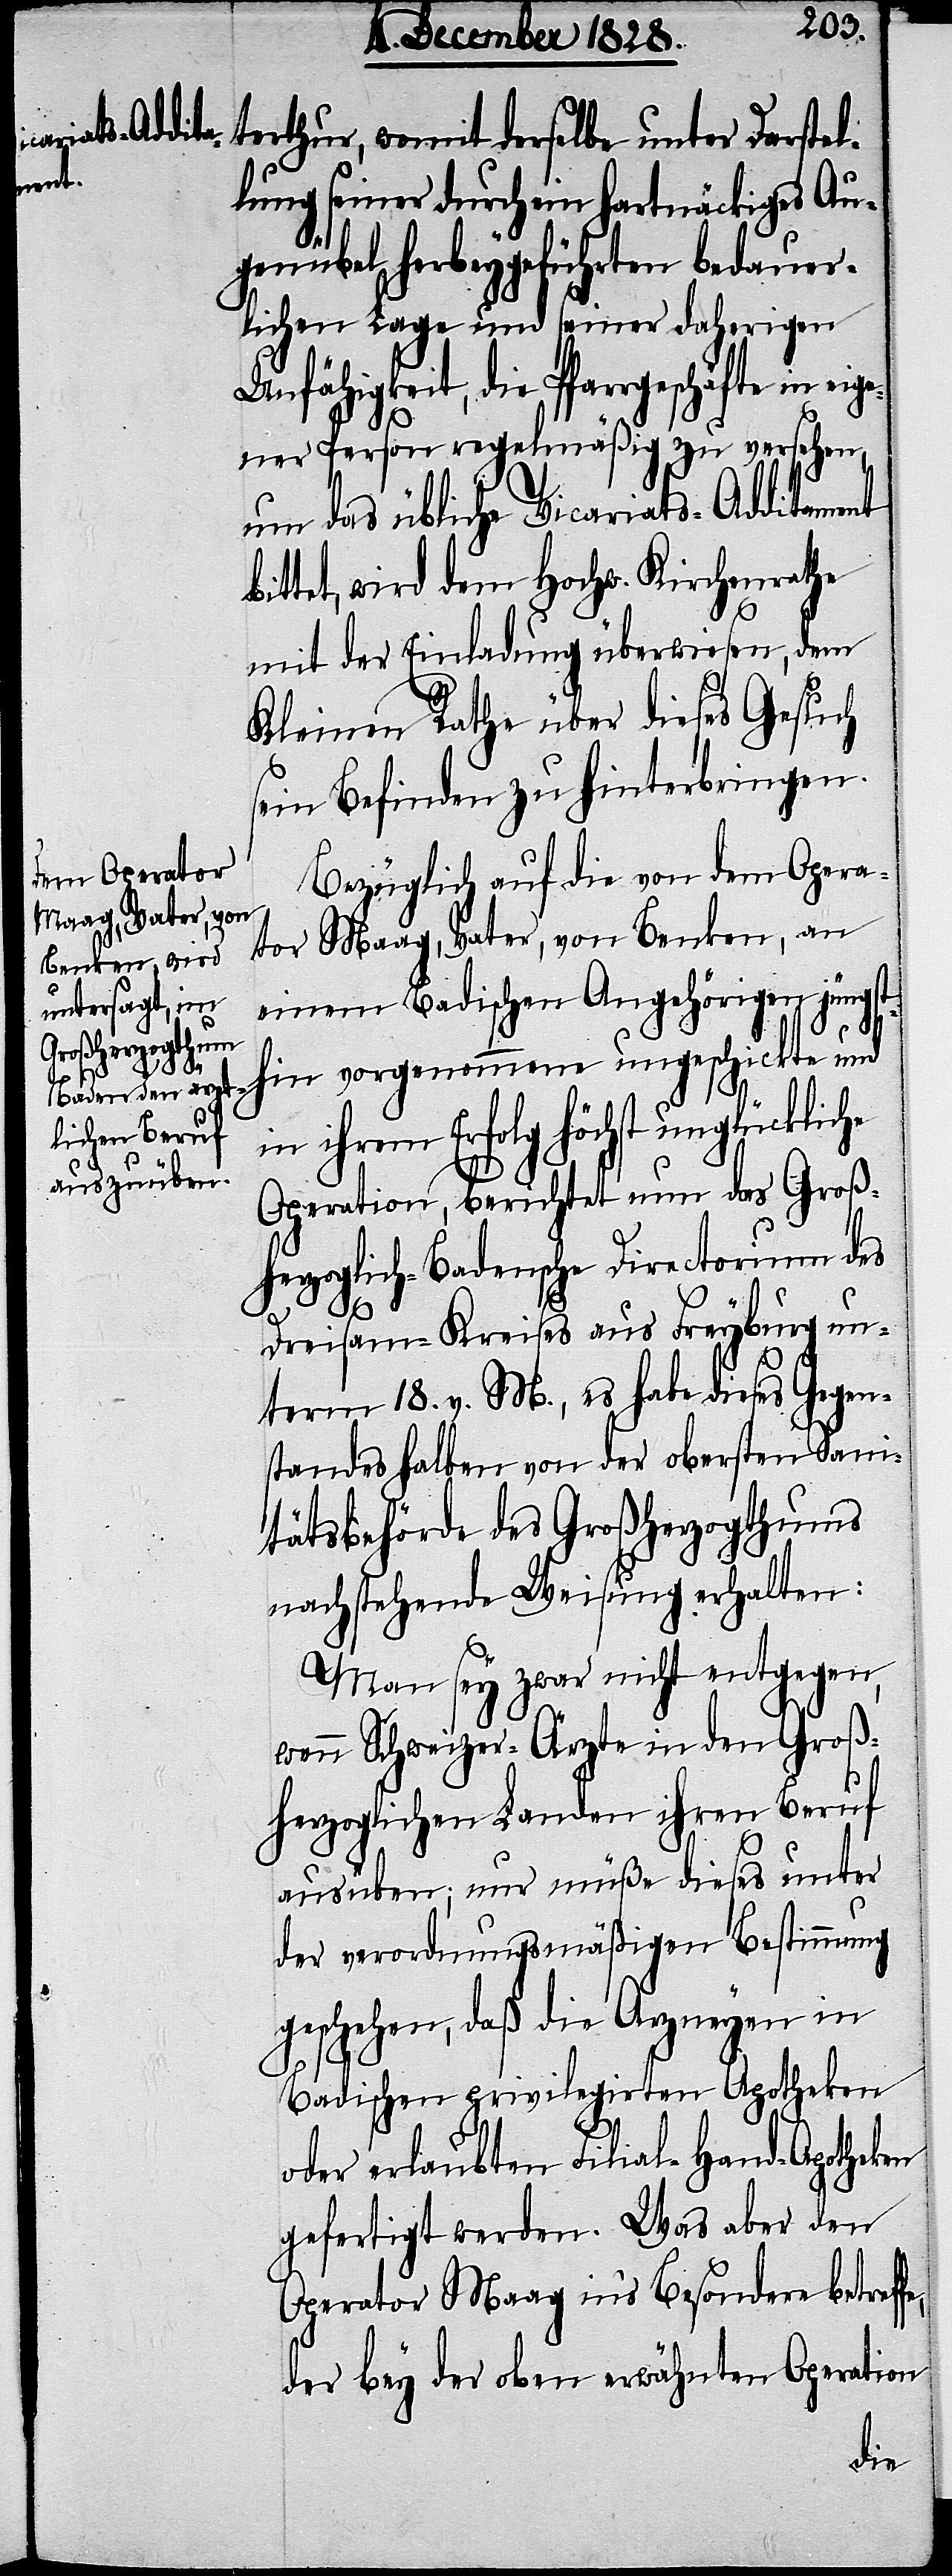
terthur, womit derselbe unter Darstel¬
lung seiner durch ein hartnäckiges Au¬
genübel herbeygeführten bedauer¬
lichen Lage und seiner daherigen
Unfähigkeit, die Pfarrgeschäfte in
ner Person regelmäßig zu versehen,
um das übliche Vicariats-Additament
bittet, wird dem Hochw. Kirchenrathe
mit der Einladung überwiesen, dem
Kleinen Rathe über dieses Gesuch
sein Befinden zu hinterbringen.
Bezüglich auf die von dem Opera¬
tor Maag, Vater, von Benken, an
einem Badischen Angehörigen jü¬
ngsthin vorgenommene ungeschickte und
ihrem Erfolg höchst unglückli¬
Operation, berichtet nun das Groß¬
herzoglich-Badensche Directorium des
e,
Dreisam-Kreises aus Freyburg un¬
term 18. v. M., es habe dieses Gegen¬
standes halben von der obersten Sani¬
tätsbehörde des Großherzogthums
nachstehende Weisung erhalten:
Man sey zwar nicht entgegen,
wenn Schweizer-Ärzte in den Groß¬
herzoglichen Landen ihren Beruf
ausüben; nur müße dieses unter
der verordnungsmäßigen Bestimmung
geschehen, daß die Arzneyen in
Badischen privilegirten Apotheken
gefertigt werden. Was aber den
Operator Maag ins Besondere betreff¬
der bey der oben erwähnten Operation